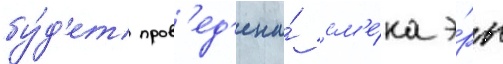
бу́д'ет пров'ед'ена́ см'е́на э́ры